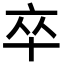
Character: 卒